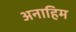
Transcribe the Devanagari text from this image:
अनाहिम